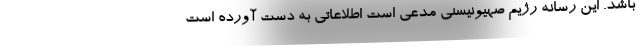
باشد. این رسانه رژیم صهیونیسنی مدعی است اطلاعاتی به دست آورده است